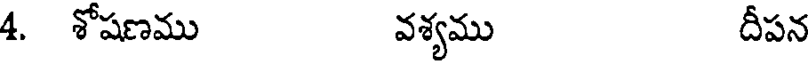
4. శోషణము వశ్యము దీపన